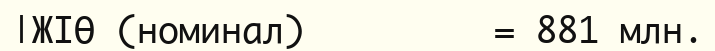
|ЖІӨ (номинал)         = 881 млн.